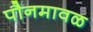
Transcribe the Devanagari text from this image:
पौनमावळ